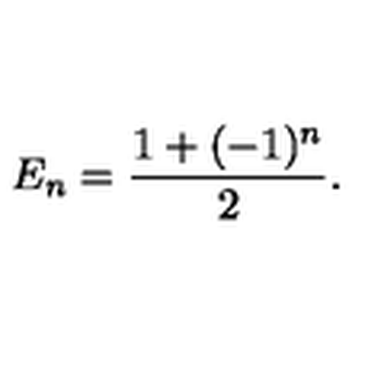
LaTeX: E _ { n } = \frac { 1 + ( - 1 ) ^ { n } } { 2 } .